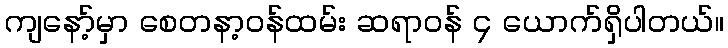
ကျနော့်မှာ စေတနာ့ဝန်ထမ်း ဆရာဝန် ၄ ယောက်ရှိပါတယ်။